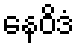
နေဝိဒံ